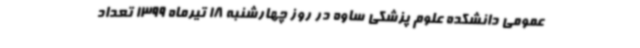
عمومی دانشکده علوم پزشکی ساوه در روز چهارشنبه 18 تیرماه 1399 تعداد